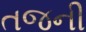
તજની